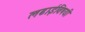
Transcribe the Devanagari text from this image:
लढाईविषयी